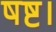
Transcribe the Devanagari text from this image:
षष्ट।